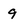
Character: 9